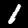
Label: 1